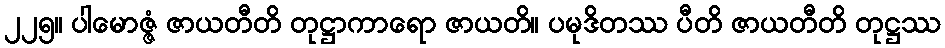
၂၂၅။ ပါမောဇ္ဇံ ဇာယတီတိ တုဋ္ဌာကာရော ဇာယတိ။ ပမုဒိတဿ ပီတိ ဇာယတီတိ တုဋ္ဌဿ